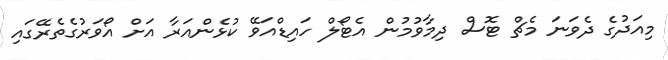
މިއަދުގެ ދެވަނަ މެޗް ޓޮސް ދިމާވުމުން އެޓޯލް ހައިޑްއަވޭ ކުޅެންއަރާ އަށް އޯވަރުގެތެރޭގައި